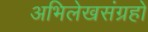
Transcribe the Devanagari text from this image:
अभिलेखसंग्रहों